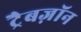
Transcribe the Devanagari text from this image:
ट्रैबज़ॉन